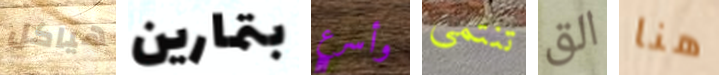
هياكل بتمارين وأسرع تنتمى الق هنا